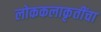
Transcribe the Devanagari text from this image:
लोककलाकृतींचा